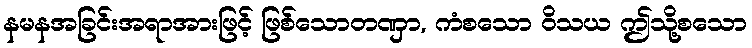
နမနအခြင်းအရာအားဖြင့် ဖြစ်သောတဏှာ, ကံစသော ဝိသယ ဤသို့စသော